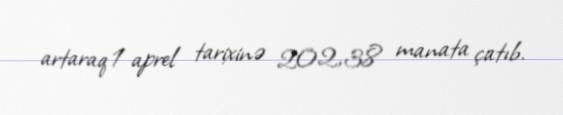
artaraq 1 aprel tarixinə 202,38 manata çatıb.